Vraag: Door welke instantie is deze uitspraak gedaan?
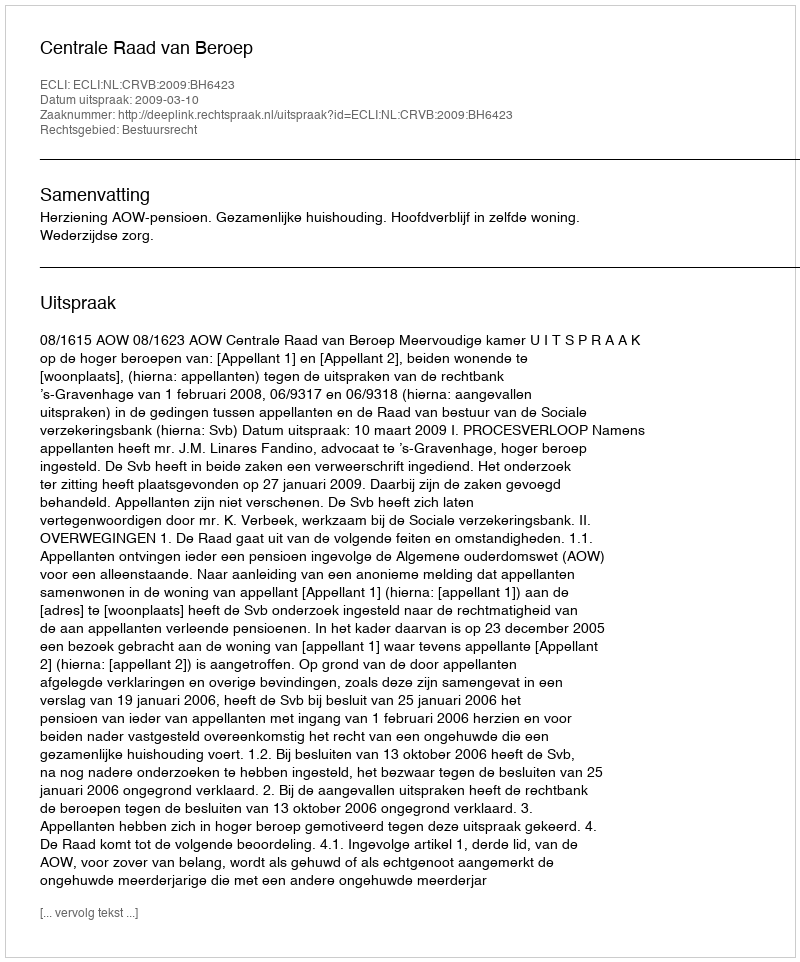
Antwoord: Centrale Raad van Beroep